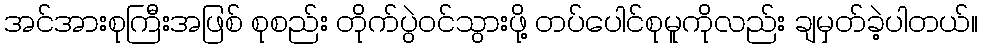
အင်အားစုကြီးအဖြစ် စုစည်း တိုက်ပွဲဝင်သွားဖို့ တပ်ပေါင်စုမူကိုလည်း ချမှတ်ခဲ့ပါတယ်။